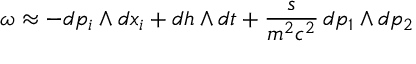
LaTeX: \omega \approx - d p _ { i } \wedge { } d x _ { i } + d h \wedge { } d t + \frac { s } { m ^ { 2 } c ^ { 2 } } \, d p _ { 1 } \wedge { } d p _ { 2 }